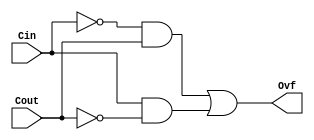
`timescale 1ns / 1ps
module Overflow(Cin,Cout,Ovf);
	input Cin,Cout;
	output Ovf;
	
	assign Ovf = (~Cin & Cout) | (Cin & ~Cout);


endmodule